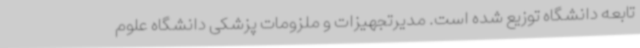
تابعه دانشگاه توزیع شده است. مدیرتجهیزات و ملزومات پزشکی دانشگاه علوم